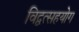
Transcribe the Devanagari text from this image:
विद्वत्सहयोग